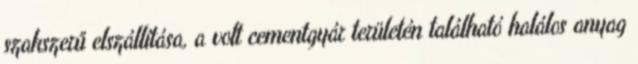
szakszerű elszállítása, a volt cementgyár területén található halálos anyag